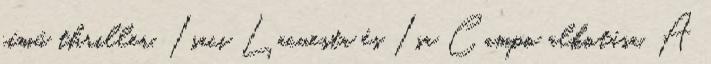
című thriller, Isaci Lacuesta és Isa Campo alkotása. A